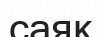
саяқ